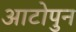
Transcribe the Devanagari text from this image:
आटोपुन